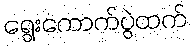
ရွေးကောက်ပွဲထက်